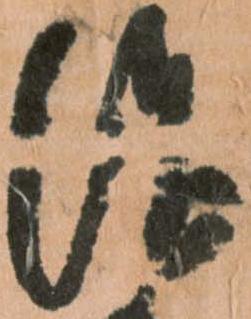
治